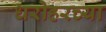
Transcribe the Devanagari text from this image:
धरोहरच्या